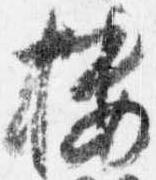
楼